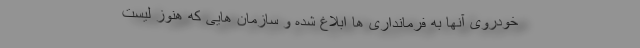
خودروی آنها به فرمانداری ها ابلاغ شده و سازمان هایی که هنوز لیست